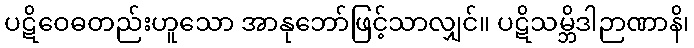
ပဋိဝေဓတည်းဟူသော အာနုဘော်ဖြင့်သာလျှင်။ ပဋိသမ္ဘိဒါဉာဏာနိ၊